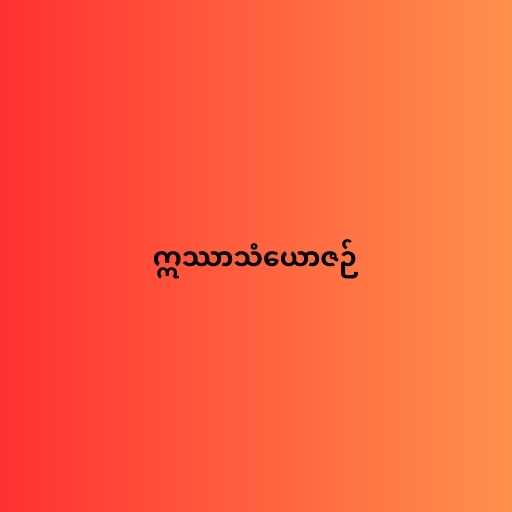
ဣဿာသံယောဇဉ်